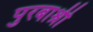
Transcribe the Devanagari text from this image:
पुरबाश्री